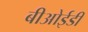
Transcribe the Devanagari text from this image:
बीओईडी